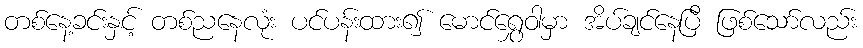
တစ်နေ့ခင်းနှင့် တစ်ညနေလုံး ပင်ပန်းထား၍ မောင်ရွှေဝါမှာ အိပ်ချင်နေပြီ ဖြစ်သော်လည်း